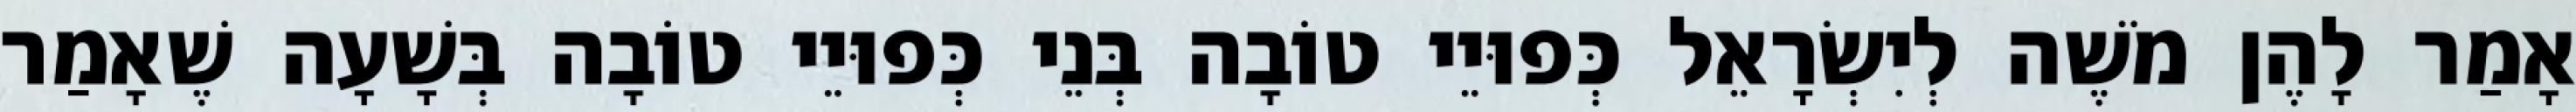
אָמַר לָהֶן מֹשֶׁה לְיִשְׂרָאֵל כְּפוּיֵי טוֹבָה בְּנֵי כְּפוּיֵי טוֹבָה בְּשָׁעָה שֶׁאָמַר